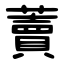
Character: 藚